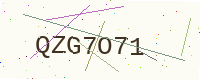
Text: QZG7O71